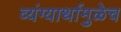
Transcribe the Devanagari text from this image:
व्यंग्यार्थामुळेच